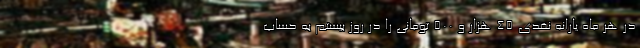
در هر ماه یارانه نقدی ۴۵ هزار و ۵۰۰ تومانی را در روز بیستم به حساب